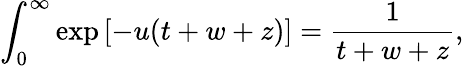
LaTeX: \int_{0}^{\infty}\exp\left[-u(t+w+z)\right]=\frac{1}{t+w+z},